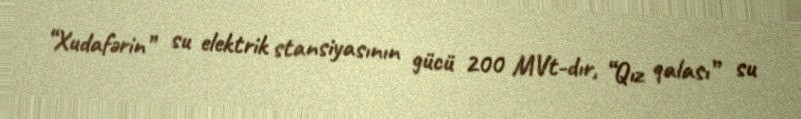
“Xudafərin” su elektrik stansiyasının gücü 200 MVt-dır, “Qız qalası” su